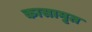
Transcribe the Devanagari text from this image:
कासामृत